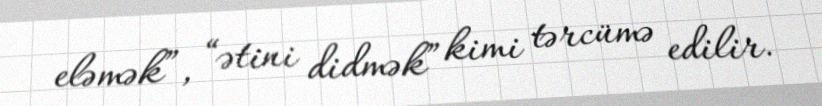
eləmək”, “ətini didmək” kimi tərcümə edilir.